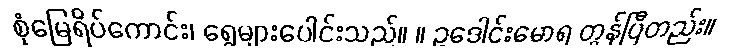
စုံမြေရိပ်ကောင်း၊ ရွေများပေါင်းသည်။ ။ ဥဒေါင်းမောရ တွန်ပြီတည်း။